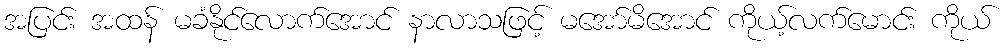
အပြင်း အထန် မခံနိုင်လောက်အောင် နာလာသဖြင့် မအော်မိအောင် ကိုယ့်လက်မောင်း ကိုယ်